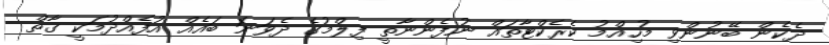
ދެކެން ބޭނުންވި މުހިއްމު ކެރެކްޓާތައް ނުފެންނާތީ ފިލްމުގެ ދެވަނަ ބައެއް އުފެއްދުމަކީ ގާތް